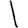
Digit: 1